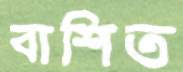
বাশিত